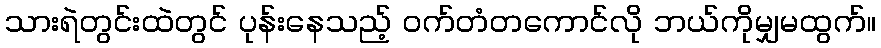
သားရဲတွင်းထဲတွင် ပုန်းနေသည့် ဝက်တံတကောင်လို ဘယ်ကိုမျှမထွက်။